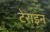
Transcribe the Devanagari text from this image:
टेराइन